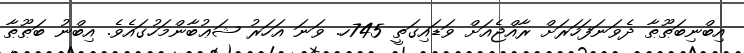
އިބްނިބަޠޫޠާ ދެވަނަފަހަރަށް ރާއްޖެއަށް ވަޑައިގަތީ 745ހ. ވަނަ އަހަރު ޝަޢުބާންމަހުގައެވެ. އިބްނު ބަޠޫޠާ